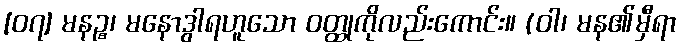
[၀၇] မနဉ္စ၊ မနောဒွါရဟူသော ဝတ္ထုကိုလည်းကောင်း။ (ဝါ၊ မန၏မှီရာ